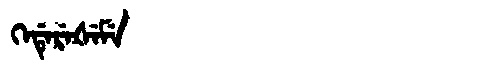
Manchu: ᡴᡝᡩᡝᡵᡝᡧᡝᠮᡝ
Romanization: KEDEREŠEME